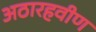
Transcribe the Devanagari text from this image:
अठारहवीण